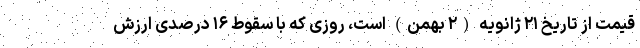
قیمت از تاریخ ۲۱ ژانویه (۲ بهمن) است، روزی که با سقوط ۱۶ درصدی ارزش